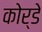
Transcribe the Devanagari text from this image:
कोर्डे